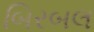
બિરબલ